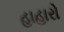
હાહારો